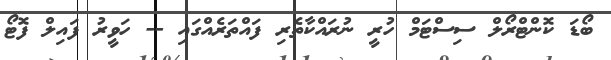
ބޯޑަ ކޮންޓްރޯލް ސިސްޓަމް ހުރީ ނުރައްކާތެރި ފައްތަރެއްގައި -- ހަވީރު ފައިލް ފޮޓޯ